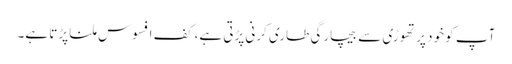
آپ کو خود پر تھوڑی سے بیچارگی طاری کرنی پڑتی ہے، کف افسوس ملنا پڑتا ہے۔